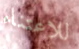
للاعتناء